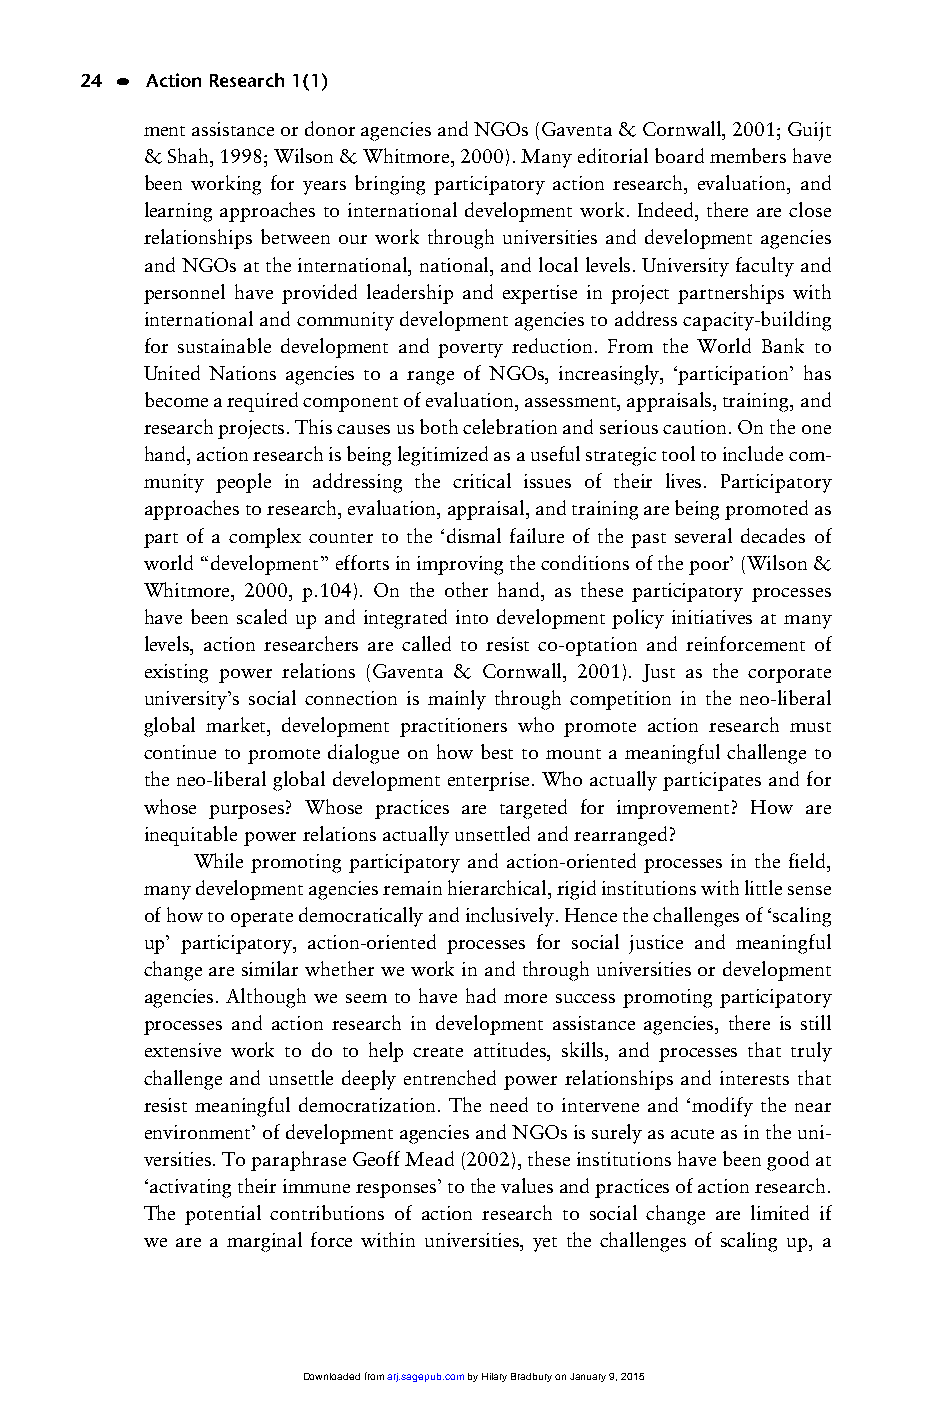
01_ARJ 1/1 16/6/03 9:37 am Page 24
 24 • Action Research 1(1)
 ment assistance or donor agencies and NGOs (Gaventa & Cornwall, 2001; Guijt
 & Shah, 1998; Wilson & Whitmore, 2000). Many editorial board members have
 been working for years bringing participatory action research, evaluation, and
 learning approaches to international development work. Indeed, there are close
 relationships between our work through universities and development agencies
 and NGOs at the international, national, and local levels. University faculty and
 personnel have provided leadership and expertise in project partnerships with
 international and community development agencies to address capacity-building
 for sustainable development and poverty reduction. From the World Bank to
 United Nations agencies to a range of NGOs, increasingly, ‘participation’ has
 become a required component of evaluation, assessment, appraisals, training, and
 research projects. This causes us both celebration and serious caution. On the one
 hand, action research is being legitimized as a useful strategic tool to include com-
 munity people in addressing the critical issues of their lives. Participatory
 approaches to research, evaluation, appraisal, and training are being promoted as
 part of a complex counter to the ‘dismal failure of the past several decades of
 world “development” efforts in improving the conditions of the poor’ (Wilson &
 Whitmore, 2000, p.104). On the other hand, as these participatory processes
 have been scaled up and integrated into development policy initiatives at many
 levels, action researchers are called to resist co-optation and reinforcement of
 existing power relations (Gaventa & Cornwall, 2001). Just as the corporate
 university’s social connection is mainly through competition in the neo-liberal
 global market, development practitioners who promote action research must
 continue to promote dialogue on how best to mount a meaningful challenge to
 the neo-liberal global development enterprise. Who actually participates and for
 whose purposes? Whose practices are targeted for improvement? How are
 inequitable power relations actually unsettled and rearranged?
 While promoting participatory and action-oriented processes in the field,
 many development agencies remain hierarchical, rigid institutions with little sense
 of how to operate democratically and inclusively. Hence the challenges of ‘scaling
 up’ participatory, action-oriented processes for social justice and meaningful
 change are similar whether we work in and through universities or development
 agencies. Although we seem to have had more success promoting participatory
 processes and action research in development assistance agencies, there is still
 extensive work to do to help create attitudes, skills, and processes that truly
 challenge and unsettle deeply entrenched power relationships and interests that
 resist meaningful democratization. The need to intervene and ‘modify the near
 environment’ of development agencies and NGOs is surely as acute as in the uni-
 versities. To paraphrase Geoff Mead (2002), these institutions have been good at
 ‘activating their immune responses’ to the values and practices of action research.
 The potential contributions of action research to social change are limited if
 we are a marginal force within universities, yet the challenges of scaling up, a
 Downloaded from arj.sagepub.com by Hilary Bradbury on January 9, 2015